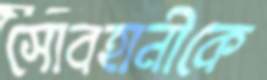
সোবহানীকে